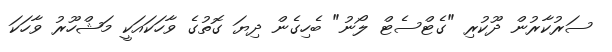
ސަރުކާރުން ދޫކުރި "ގެޓްސެޓް ލޯނު" ބެހިގެން ދިޔަ ގޮތުގެ ވާހަކައަކީ މަޝްހޫރު ވާހަކަ